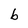
Character: b